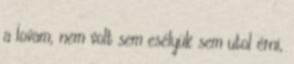
a lovam, nem volt sem esélyük sem utol érni,